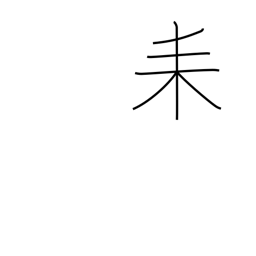
Meaning: three-branch tree radical (no. 127)